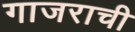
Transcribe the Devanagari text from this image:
गाजराची